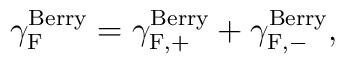
{\gamma}_{\rm F}^{\rm Berry} = {\gamma}_{\rm F,+}^{\rm Berry} +{\gamma}_{\rm F,-}^{\rm Berry},